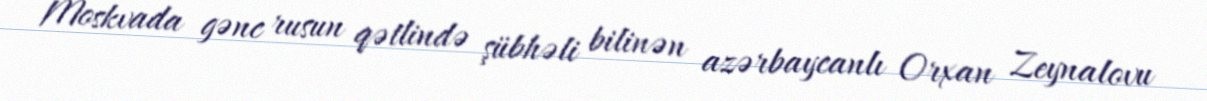
Moskvada gənc rusun qətlində şübhəli bilinən azərbaycanlı Orxan Zeynalovu